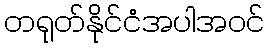
တရုတ်နိုင်ငံအပါအဝင်